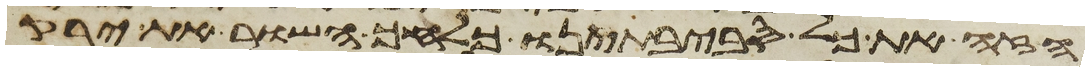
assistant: הזה את כל סביבתינו כלחך השור את ירק